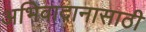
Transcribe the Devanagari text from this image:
अभिवादानासाठी